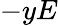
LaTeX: -yE